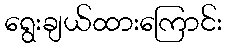
ရွေးချယ်ထားကြောင်း